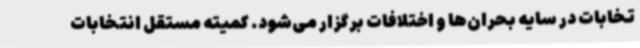
تخابات در سایه بحران‌ها و اختلافات برگزار می‌شود. کمیته مستقل انتخابات